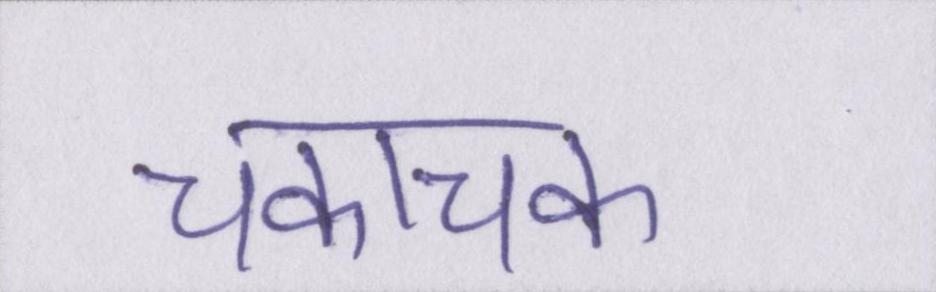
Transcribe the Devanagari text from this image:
चकाचक